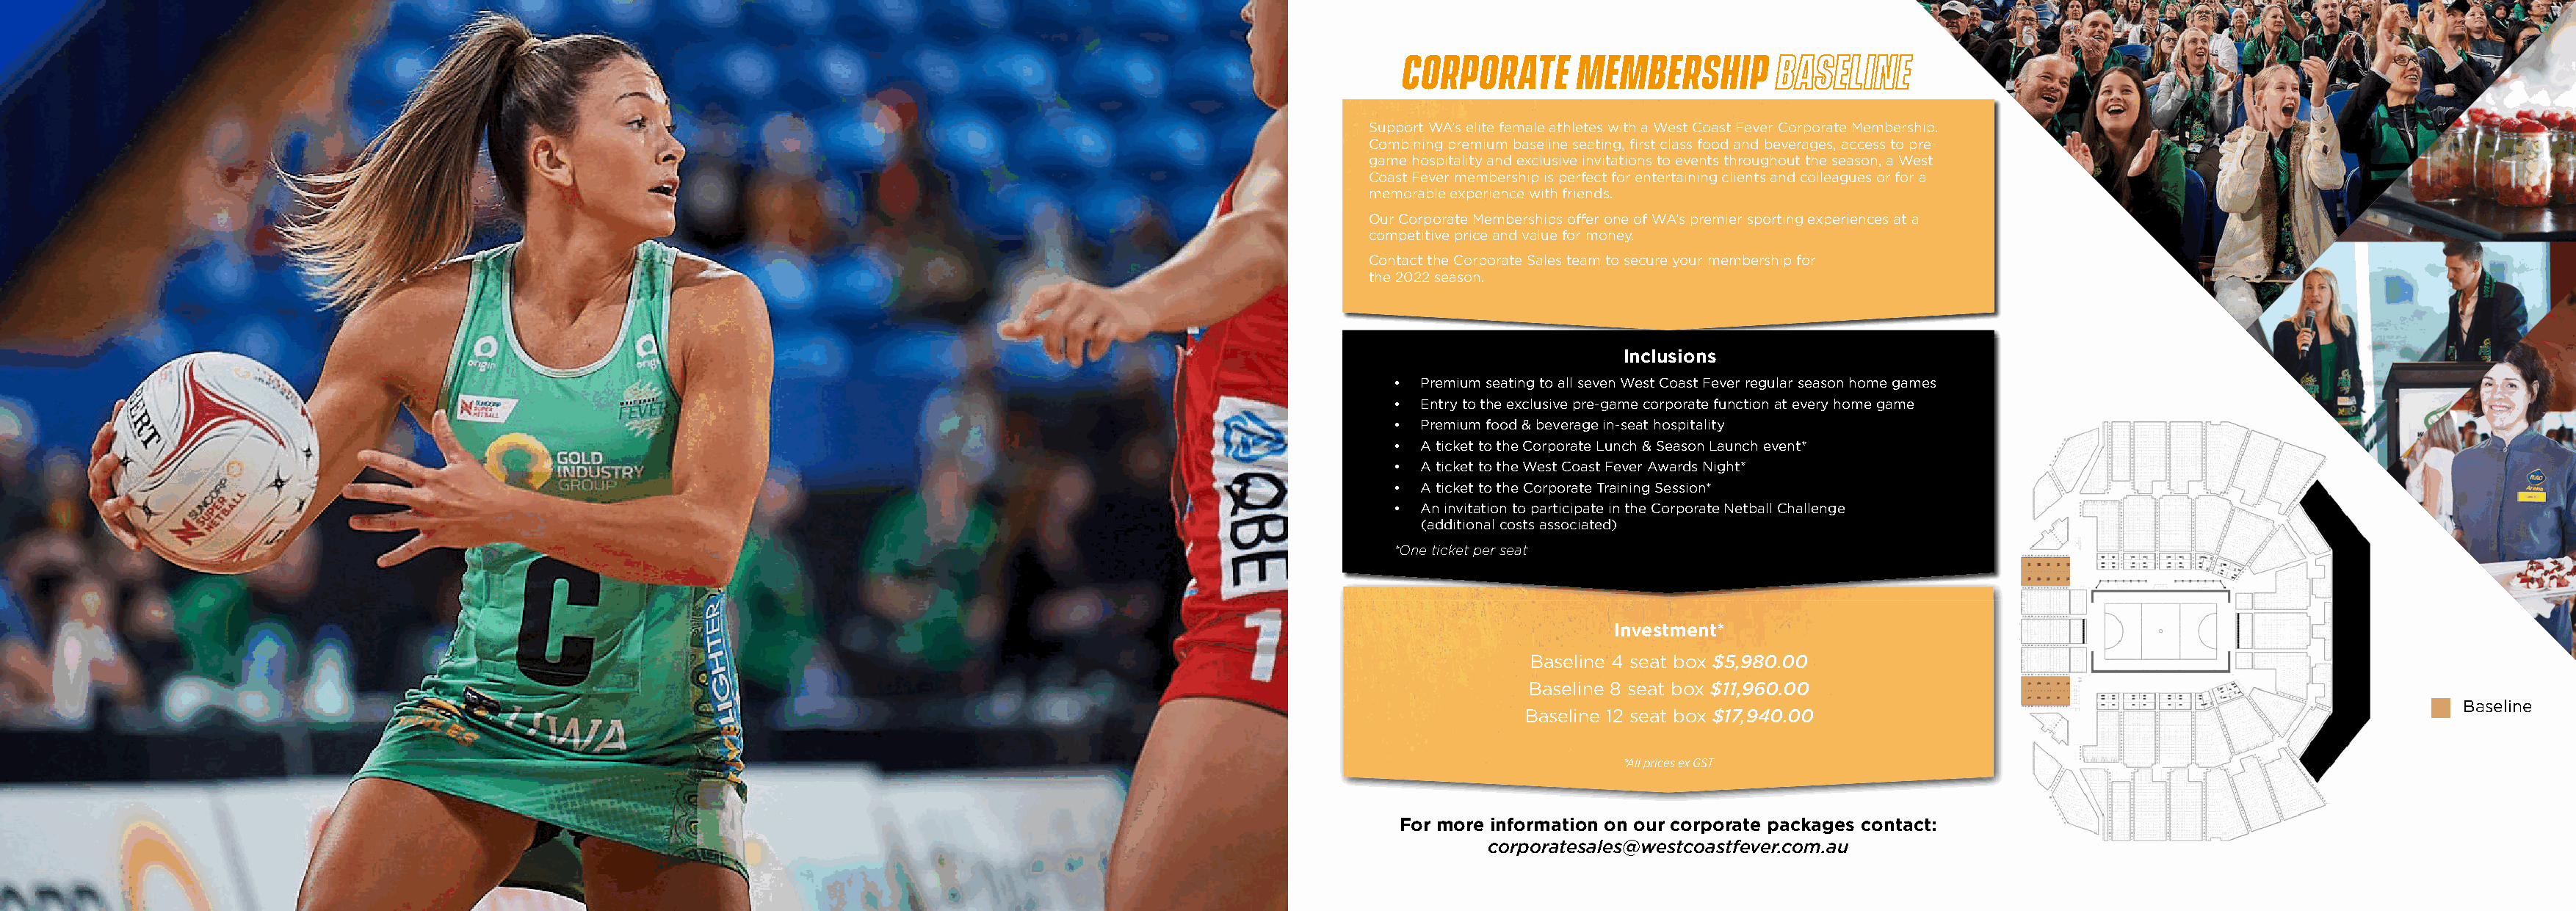
CORPORATE       MEMBERSHIP
 Support WA’s elite female athletes with a West Coast Fever Corporate Membership.
 Combining premium baseline seating, first class food and beverages, access to pre-
 game hospitality and exclusive invitations to events throughout the season, a West
 Coast Fever membership is perfect for entertaining clients and colleagues or for a
 memorable experience with friends.
 Our Corporate Memberships offer one of WA’s premier sporting experiences at a
 competitive price and value for money.
 Contact the Corporate Sales team to secure your membership for
 the 2022 season.
 Inclusions
 • Premium seating to all seven West Coast Fever regular season home games
 • Entry to the exclusive pre-game corporate function at every home game
 • Premium food & beverage in-seat hospitality
 • A ticket to the Corporate Lunch & Season Launch event*
 • A ticket to the West Coast Fever Awards Night*
 • A ticket to the Corporate Training Session*
 • An invitation to participate in the Corporate Netball Challenge
 (additional costs associated)
 *One ticket per seat
 Investment*
 Baseline 4 seat box $5,980.00
 Baseline 8 seat box $11,960.00
 Baseline
 Baseline 12 seat box $17,940.00
 *All prices ex GST
 For more information on our corporate packages contact:
 corporatesales@westcoastfever.com.au